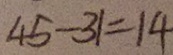
4 5 - 3 1 = 1 4